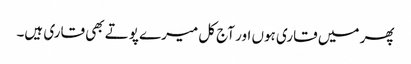
پھر میں قاری ہوں اور آج کل میرے پوتے بھی قاری ہیں۔